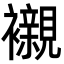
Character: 襯